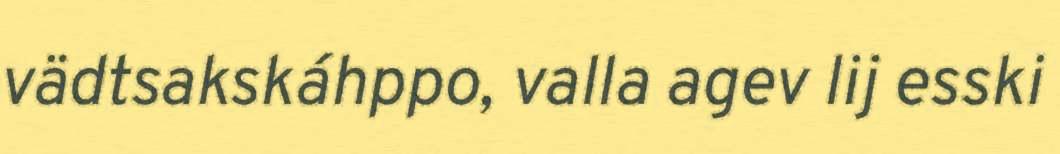
vädtsakskáhppo, valla agev lij esski